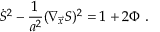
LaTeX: \dot { S } ^ { 2 } - { \frac { 1 } { a ^ { 2 } } } ( \nabla _ { \vec { x } } S ) ^ { 2 } = 1 + 2 \Phi \ .